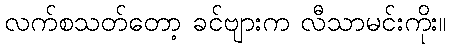
လက်စသတ်တော့ ခင်ဗျားက လီသာမင်းကိုး။